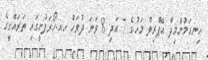
ހިނގަމުންމިދާ އޭޕްެރިލް މަހުގެ 7 އަދި 8 ވަނަ ދުވަހު ހއ.ހޯރަފުށީގައި ތަރައްގީގެ